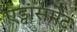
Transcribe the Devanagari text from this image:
एड्वांसमेंट